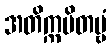
အတိက္ကမိတဗ္ဗံ